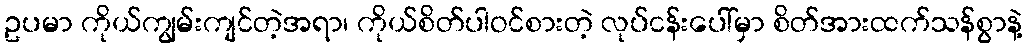
ဥပမာ ကိုယ်ကျွမ်းကျင်တဲ့အရာ၊ ကိုယ်စိတ်ပါဝင်စားတဲ့ လုပ်ငန်းပေါ်မှာ စိတ်အားထက်သန်စွာနဲ့